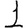
Digit: 1